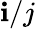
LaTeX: \mathbf{i}/j